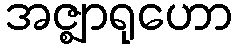
အဇ္ဈာရုဟော